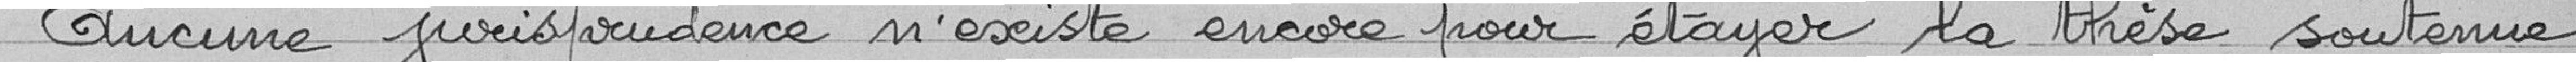
Aucune jurisprudence n'existe encore pour étayer la thèse soutenue